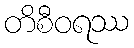
တိစီဝရဿ